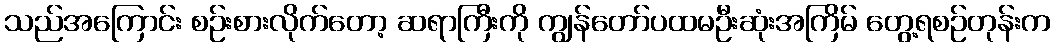
သည်အကြောင်း စဉ်းစားလိုက်တော့ ဆရာကြီးကို ကျွန်တော်ပထမဦးဆုံးအကြိမ် တွေ့ရစဉ်တုန်းက